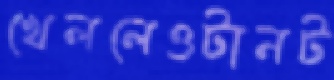
খেললেওটানট